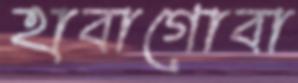
হাবাগোবা